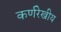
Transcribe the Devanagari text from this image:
कर्णरेखीय